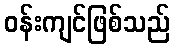
ဝန်းကျင်ဖြစ်သည်